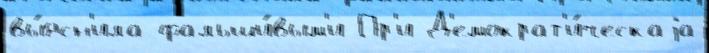
вы́ясн'ила фальши́вым'и Пр'и Д'емократ'и́ческаjа